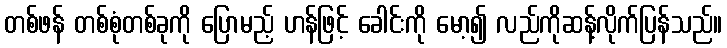
တစ်ဖန် တစ်စုံတစ်ခုကို ပြောမည့် ဟန်ဖြင့် ခေါင်းကို မော့၍ လည်ကိုဆန့်လိုက်ပြန်သည်။